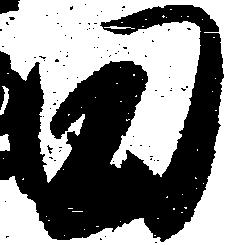
田